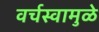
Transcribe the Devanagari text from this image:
वर्चस्वामुळे